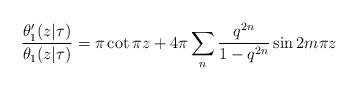
LaTeX: \begin{align*}\frac{\theta_1^{\prime}(z|\tau)}{\theta_1(z|\tau)} = \pi\cot{ \pi z}+4\pi\sum_n\frac{q^{2n}}{1-q^{2n}}\sin {2m\pi z}\end{align*}